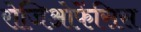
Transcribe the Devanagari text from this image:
रोजिओफेंसिस